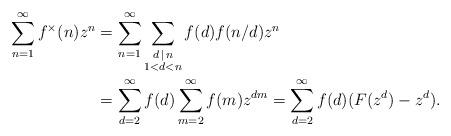
LaTeX: \begin{align*}\sum_{n=1}^\infty f^\times(n) z^n &= \sum_{n=1}^\infty \sum_{\substack{d \,\mid\, n \\ 1 < d < n}} f(d) f(n / d) z^n \\&= \sum_{d=2}^\infty f(d) \sum_{m=2}^\infty f(m) z^{dm} = \sum_{d=2}^\infty f(d) (F(z^d) - z^d) .\end{align*}